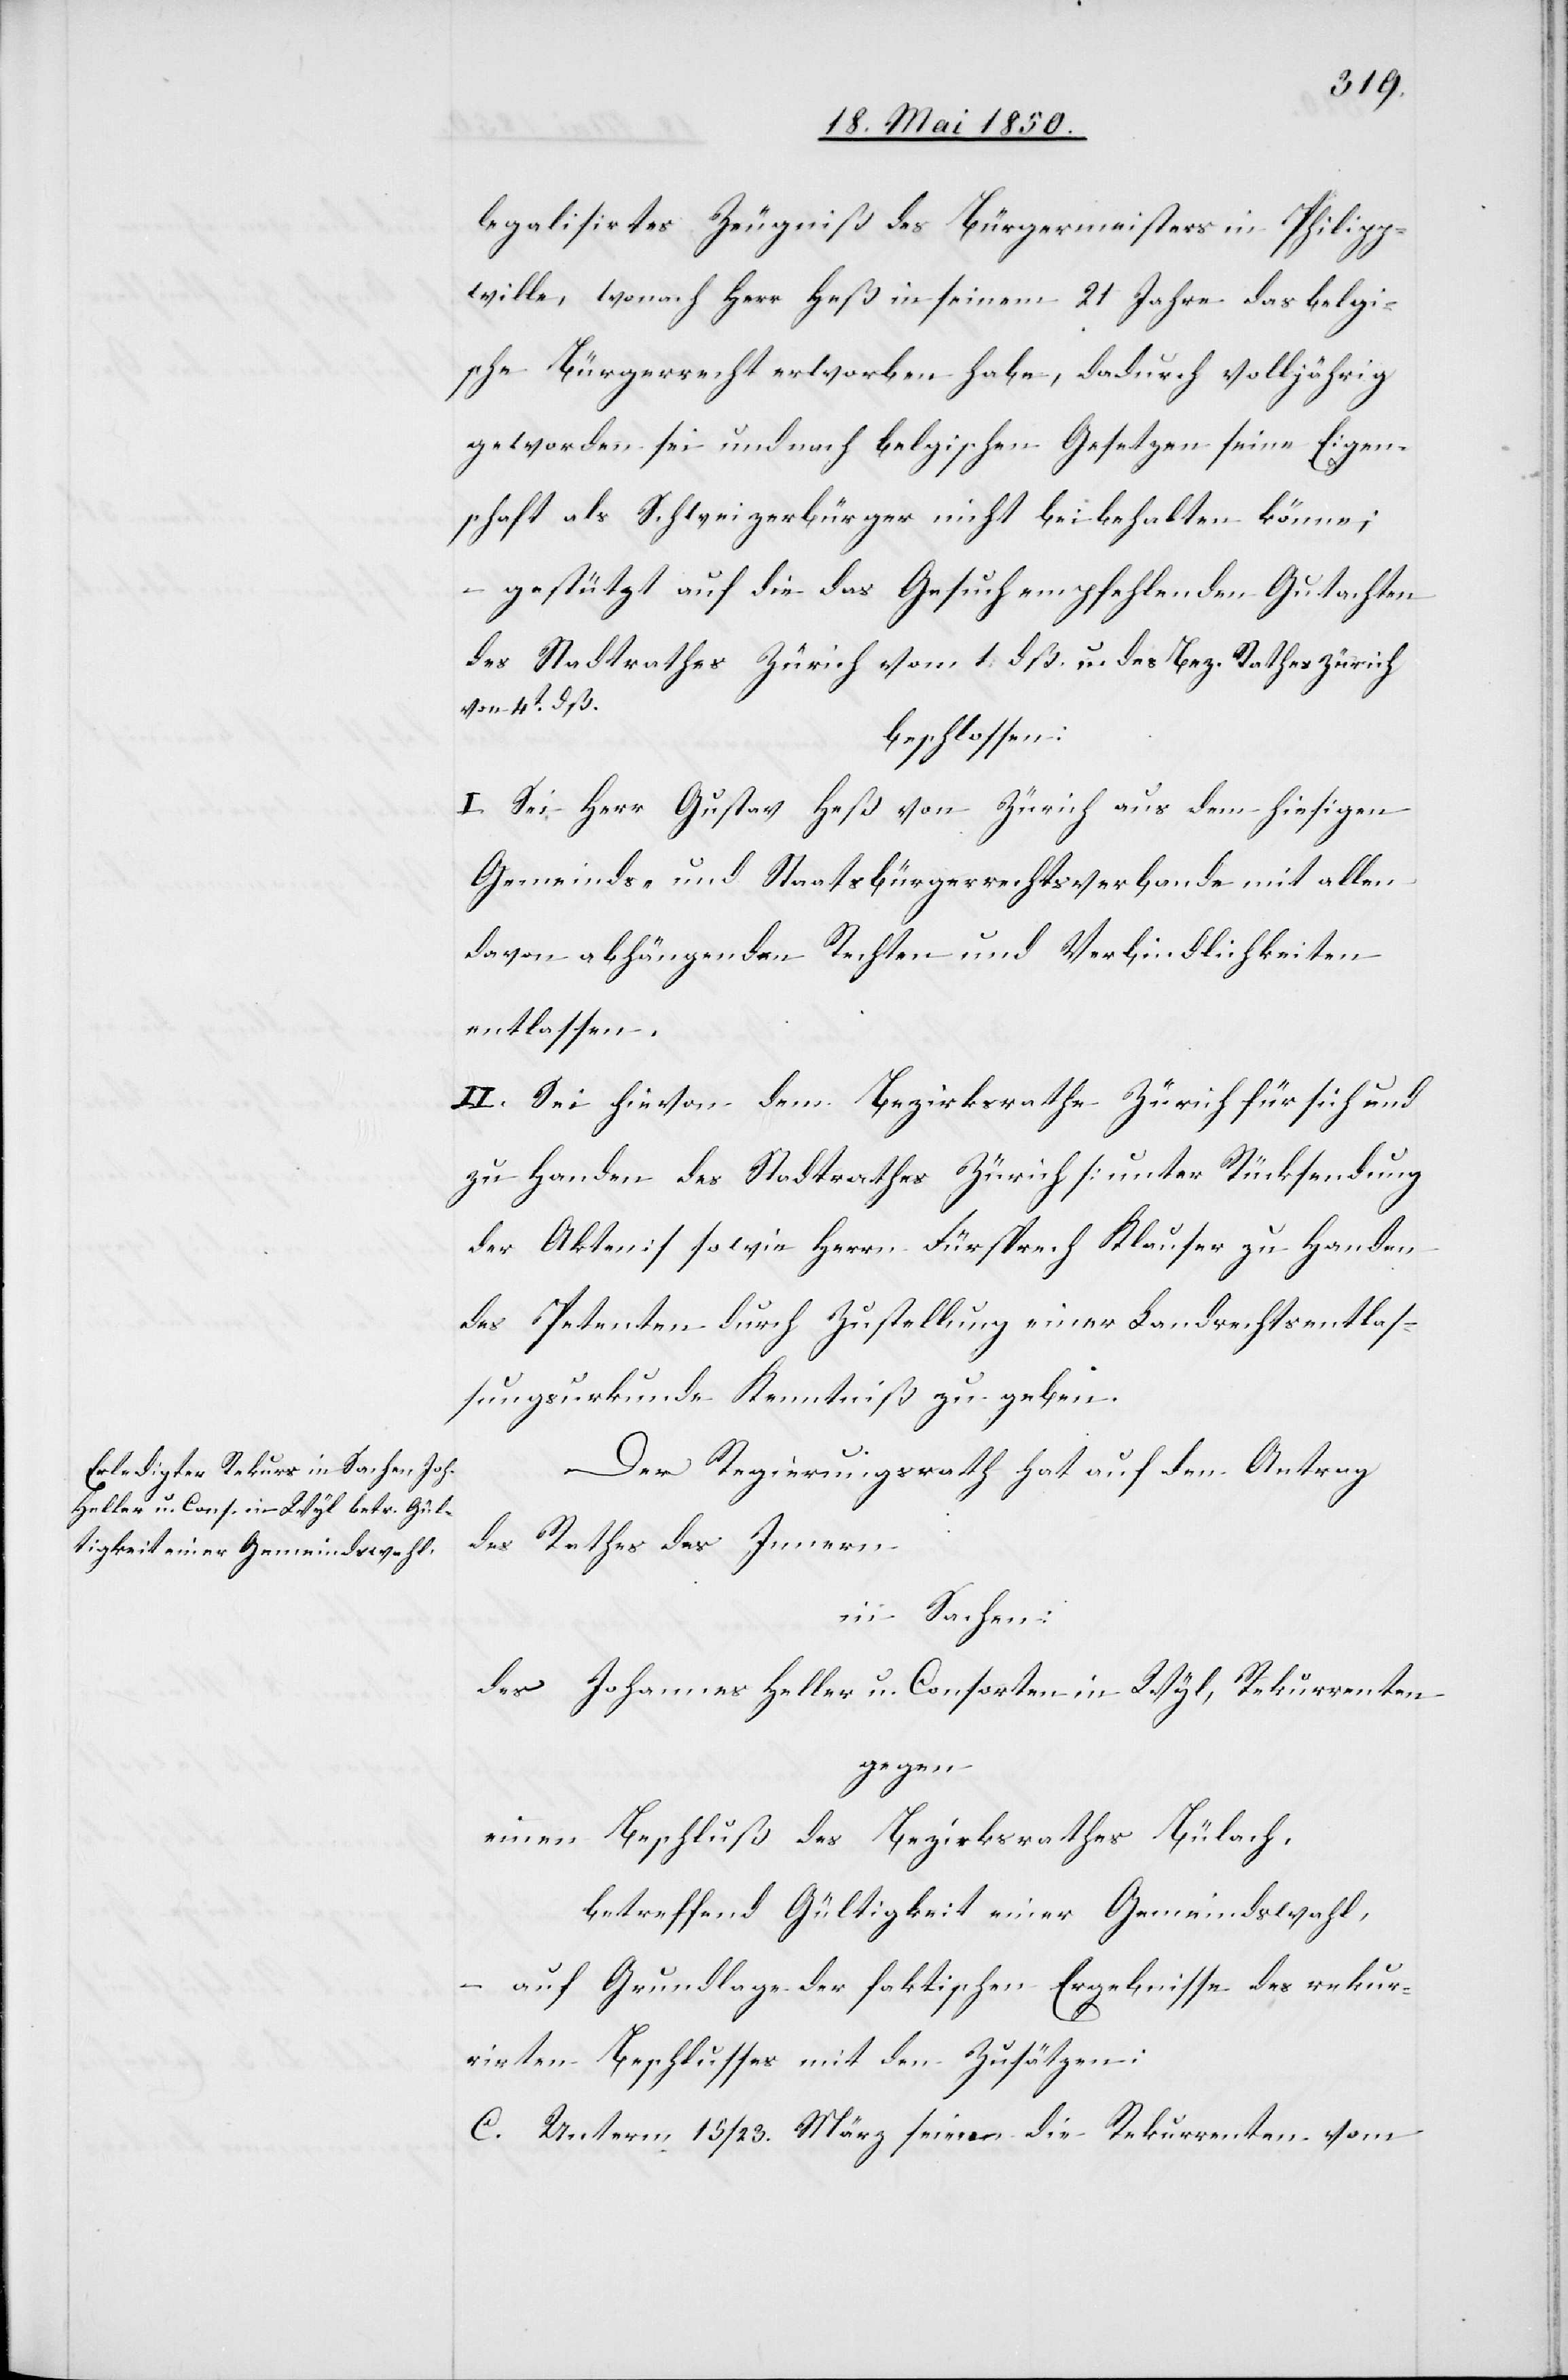
legalisirtes Zeugniß des Bürgermeisters in Philipp¬
wille, wonach Herr Heß in seinem 21 Jahre das belgi¬
sche Bürgerrecht erworben habe, dadurch volljährig
geworden sei und nach belgischen Gesetzen seine Eigen¬
schaft als Schweizerbürger nicht beibehalten könne;
gestützt auf die das Gesuch empfehlenden Gutachten
des Stadtrathes Zürich vom 1. dß. u. des Bez. Rathes Zürich
von 4t dß.
beschlossen:
I. Sei Herr Gustav Heß von Zürich aus dem hiesigen
Gemeinds- und Staatsbürgerrechtsverbande mit allen
davon abhängenden Rechten und Verbindlichkeiten
entlassen.
II. Sei hievon dem Bezirksrathe Zürich für sich und
zu Handen des Stadtrathes Zürich [unter Rücksendung
der Akten] sowie Herrn Fürsprech Klauser zu Handen
des Petenten durch Zustellung einer Landrechtsentlas¬
sungsurkunde Kenntniß zu geben.
Der Regierungsrath hat auf den Antrag
des Rathes des Innern:
in Sachen:
des Johannes Heller u. Consorten in Wyl, Rekurrenten
gegen
einen Beschluß des Bezirksrathes Bülach,
betreffend Gültigkeit einer Gemeindwahl,
– auf Grundlage der faktischen Ergebnisse des rekur¬
rirten Beschlusses mit den Zusätzen:
C. Unterm 15/23. März seien die Rekurrenten vom